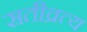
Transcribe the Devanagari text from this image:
सतीव्रत्य